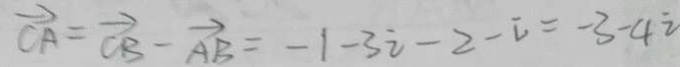
\overrightarrow { C A } = \overrightarrow { C B } - \overrightarrow { A B } = - 1 - 3 i - 2 - i = - 3 - 4 i